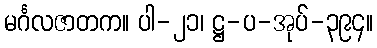
မင်္ဂလဇာတက။ ပါ-၂၁၊ ဋ္ဌ-ပ-အုပ်-၃၉၄။